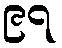
၉၇